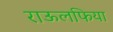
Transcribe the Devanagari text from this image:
राऊलफिया